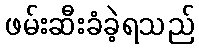
ဖမ်းဆီးခံခဲ့ရသည်